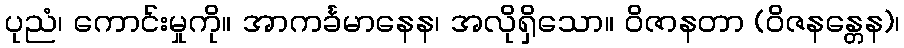
ပုညံ၊ ကောင်းမှုကို။ အာကင်္ခမာနေန၊ အလိုရှိသော။ ဝိဇာနတာ (ဝိဇနန္တေန)၊